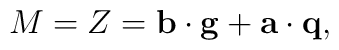
M=Z= {\bf b} \cdot {\bf g} + {\bf a} \cdot {\bf q} ,